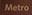
metro